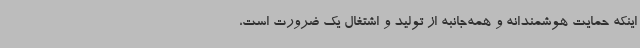
اینکه حمایت هوشمندانه و همه‌جانبه از تولید و اشتغال یک ضرورت است،